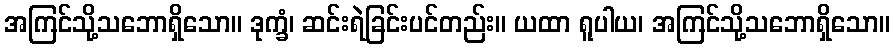
အကြင်သို့သဘောရှိသော။ ဒုက္ခံ၊ ဆင်းရဲခြင်းပင်တည်း။ ယထာ ရူပါယ၊ အကြင်သို့သဘောရှိသော။